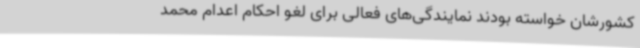
کشورشان خواسته بودند نمایندگی‌های فعالی برای لغو احکام اعدام محمد